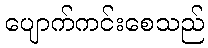
ပျောက်ကင်းစေသည်